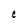
Character: c